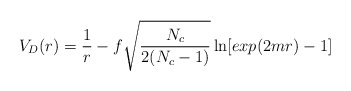
\begin{align*}V_D(r)={1\over r}-f\sqrt{N_c\over{2(N_c-1)}}\ln[exp(2mr)-1]\qquad\end{align*}